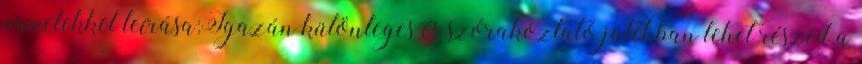
panelekkel leírása:Igazán különleges és szórakoztató játékban lehet részed a